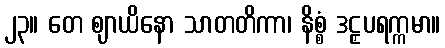
၂၃။ တေ ဈာယိနော သာတတိကာ၊ နိစ္စံ ဒဠှပရက္ကမာ။